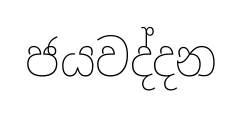
ජයවද්දන